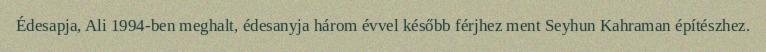
Édesapja, Ali 1994-ben meghalt, édesanyja három évvel később férjhez ment Seyhun Kahraman építészhez.